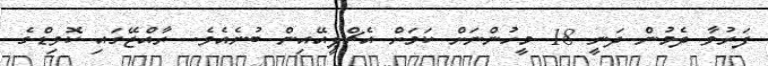
ފަރުވާ ދެމުން ދަނީ 18 މީހުންނަށް ކަމަށް އެޗްޕީއޭއިން ބުނެއެވެ. ރާއްޖޭގައި ކޮވިޑްގެ